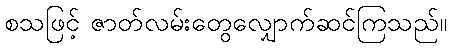
စသဖြင့် ဇာတ်လမ်းတွေလျှောက်ဆင်ကြသည်။